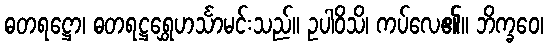
ဓတရဋ္ဌော၊ ဓတရဋ္ဌရွှေဟင်္သာမင်းသည်။ ဥပါဝိသိ၊ ကပ်လေ၏။ ဘိက္ခဝေ၊